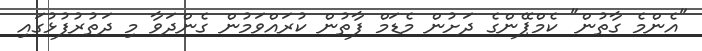
"އެންމެ ގާތުން" ކެމްޕޭންގެ ދަށުން މެޑަމް ފާތުން ކުރައްވަމުން ގެންދަވާ މި ދަތުރުފުޅުގައި